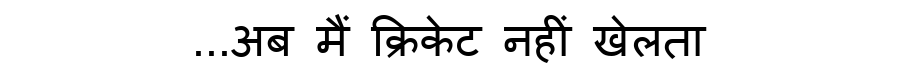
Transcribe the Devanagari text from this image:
...अब मैं क्रिकेट नहीं खेलता